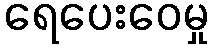
ရေပေးဝေမှု